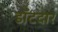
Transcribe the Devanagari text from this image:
डॉटदार